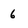
Character: 6